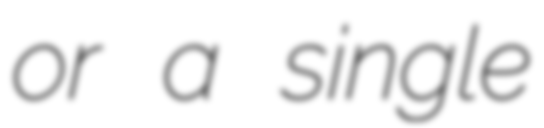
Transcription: or a single